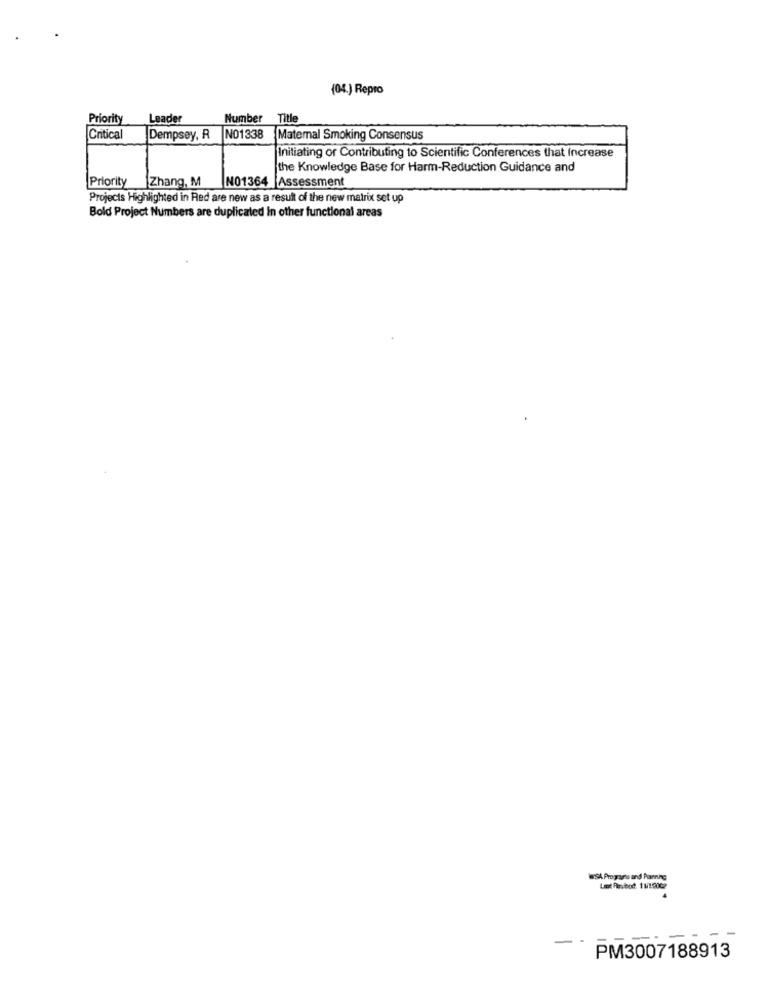
(04.) Repro
Priority
Leader
Number
Title
Critical
Dempsey, R
NO1338
Maternal Smoking Consensus
Initiating or Contributing to Scientific Conferences that Increase
the Knowledge Base for Harm-Reduction Guidance and
Priority
Zhang, M
NO1364 Assessment
Projects Highlighted in Red are new as a result of the new matrix set up
Bold Project Numbers are duplicated in other functional areas
wSA Programs and Parning
PM3007188913